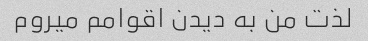
لذت من به دیدن اقوامم میروم